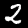
Digit: 2